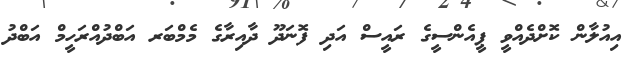
އިއުލާން ކޮށްދެއްވީ ޕީއެންސީގެ ރައީސް އަދި ފޮނަދޫ ދާއިރާގެ މެމްބަރ އަބްދުއްރަހީމް އަބްދު